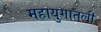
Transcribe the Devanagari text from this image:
महायुगातली